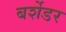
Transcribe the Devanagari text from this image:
बर्शेडर